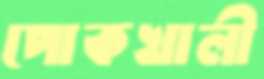
পোকখালী